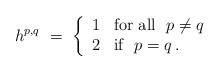
LaTeX: \begin{align*} h^{p,q} \ = \ \left\{ \begin{array}{ll} 1 & \hbox{for all } \ p\not=q \\ 2 & \hbox{if } \ p=q \,. \end{array} \right.\end{align*}